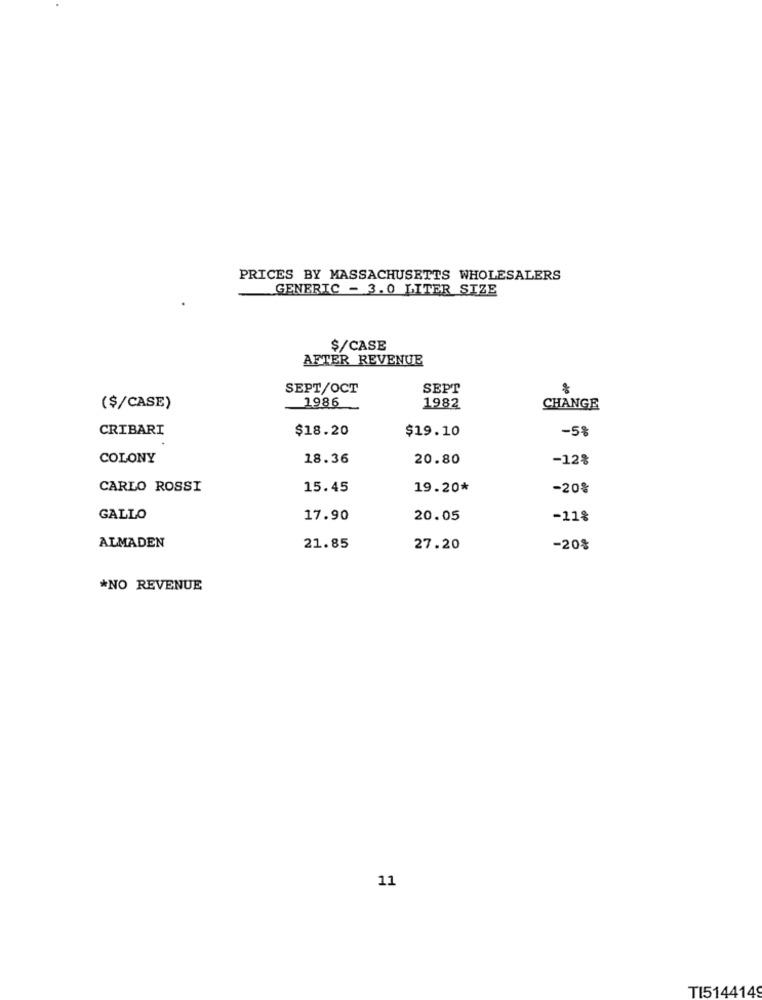
PRICES BY MASSACHUSETTS WHOLESALERS
GENERIC - 3.0 LITER SIZE
$/CASE
AFTER REVENUE
SEPT/OCT
SEPT
1986
($/CASE)
1982
CHANGE
CRIBARI
$18.20
$19.10
-58
COLONY
18.36
20.80
-12%
CARLO ROSSI
15.45
19.20*
-20%
GALLO
17.90
20.05
-11%
ALMADEN
21.85
27.20
-20%
*NO REVENUE
11
TI5144149